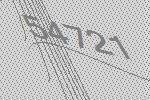
54721